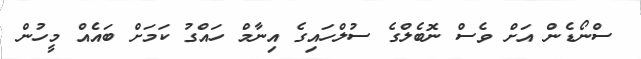
ސްނޯޑެން އަށް ވެސް ނޮބެލްގެ ސުލްހައިގެ އިނާމް ހައްގު ކަމަށް ބައެއް މީހުން